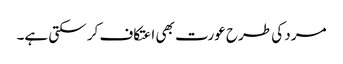
مرد کی طرح عورت بھی اعتکاف کر سکتی ہے۔